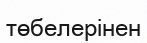
төбелерінен